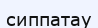
сиппатау